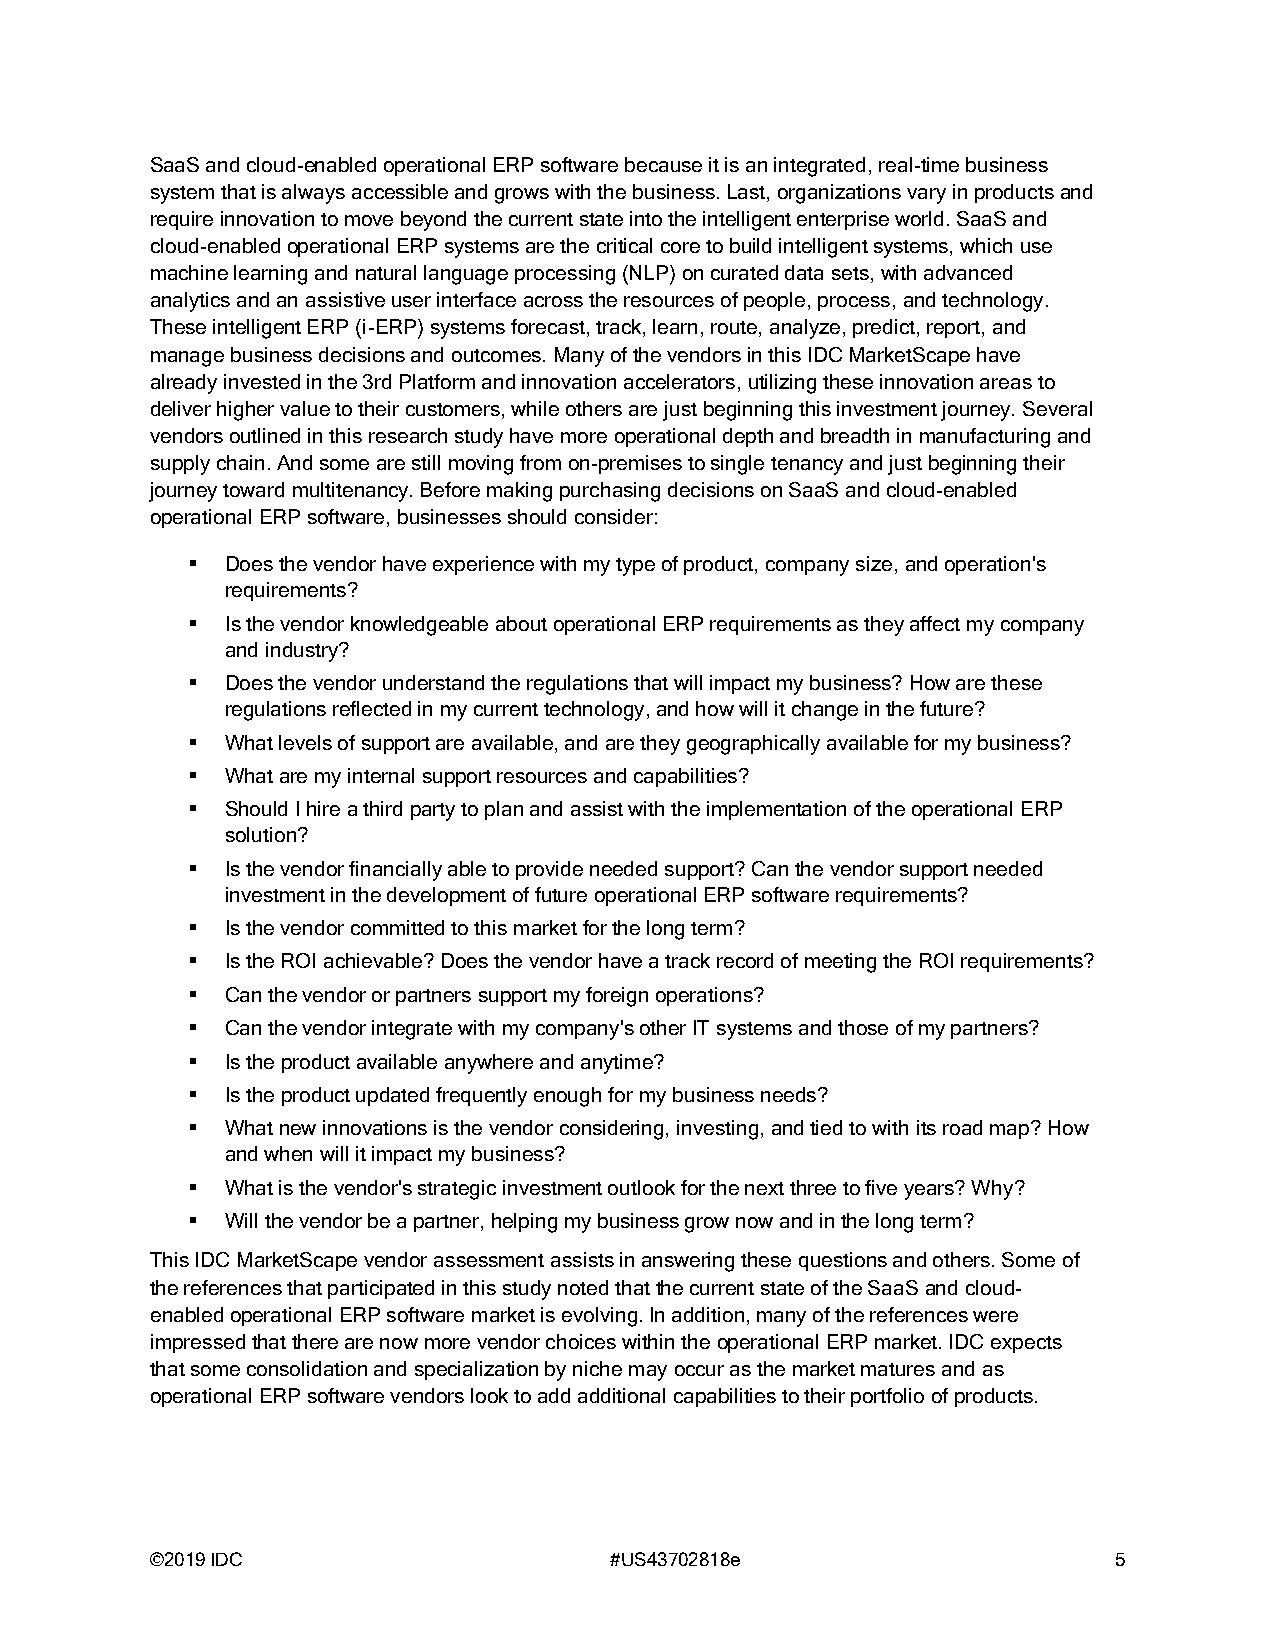
SaaS and cloud-enabled operational ERP software because it is an integrated, real-time business
 system that is always accessible and grows with the business. Last, organizations vary in products and
 require innovation to move beyond the current state into the intelligent enterprise world. SaaS and
 cloud-enabled operational ERP systems are the critical core to build intelligent systems, which use
 machine learning and natural language processing (NLP) on curated data sets, with advanced
 analytics and an assistive user interface across the resources of people, process, and technology.
 These intelligent ERP (i-ERP) systems forecast, track, learn, route, analyze, predict, report, and
 manage business decisions and outcomes. Many of the vendors in this IDC MarketScape have
 already invested in the 3rd Platform and innovation accelerators, utilizing these innovation areas to
 deliver higher value to their customers, while others are just beginning this investment journey. Several
 vendors outlined in this research study have more operational depth and breadth in manufacturing and
 supply chain. And some are still moving from on-premises to single tenancy and just beginning their
 journey toward multitenancy. Before making purchasing decisions on SaaS and cloud-enabled
 operational ERP software, businesses should consider:
 ▪  Does the vendor have experience with my type of product, company size, and operation's
 requirements?
 ▪  Is the vendor knowledgeable about operational ERP requirements as they affect my company
 and industry?
 ▪  Does the vendor understand the regulations that will impact my business? How are these
 regulations reflected in my current technology, and how will it change in the future?
 ▪  What levels of support are available, and are they geographically available for my business?
 ▪  What are my internal support resources and capabilities?
 ▪  Should I hire a third party to plan and assist with the implementation of the operational ERP
 solution?
 ▪  Is the vendor financially able to provide needed support? Can the vendor support needed
 investment in the development of future operational ERP software requirements?
 ▪  Is the vendor committed to this market for the long term?
 ▪  Is the ROI achievable? Does the vendor have a track record of meeting the ROI requirements?
 ▪  Can the vendor or partners support my foreign operations?
 ▪  Can the vendor integrate with my company's other IT systems and those of my partners?
 ▪  Is the product available anywhere and anytime?
 ▪  Is the product updated frequently enough for my business needs?
 ▪  What new innovations is the vendor considering, investing, and tied to with its road map? How
 and when will it impact my business?
 ▪  What is the vendor's strategic investment outlook for the next three to five years? Why?
 ▪  Will the vendor be a partner, helping my business grow now and in the long term?
 This IDC MarketScape vendor assessment assists in answering these questions and others. Some of
 the references that participated in this study noted that the current state of the SaaS and cloud-
 enabled operational ERP software market is evolving. In addition, many of the references were
 impressed that there are now more vendor choices within the operational ERP market. IDC expects
 that some consolidation and specialization by niche may occur as the market matures and as
 operational ERP software vendors look to add additional capabilities to their portfolio of products.
 ©2019 IDC                     #US43702818e                      5